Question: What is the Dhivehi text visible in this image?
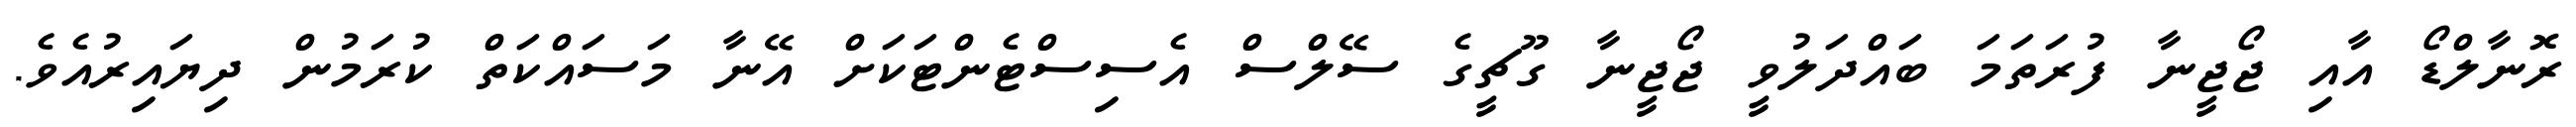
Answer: ރޮނާލްޑޯ އާއި ޖޯޖީނާ ފުރަތަމަ ބައްދަލުވީ ޖޯޖީނާ ގޫޗީގެ ސޭލްސް އެސިސްޓެންޓަކަށް އޭނާ މަސައްކަތް ކުރަމުން ދިޔައިރުއެވެ.